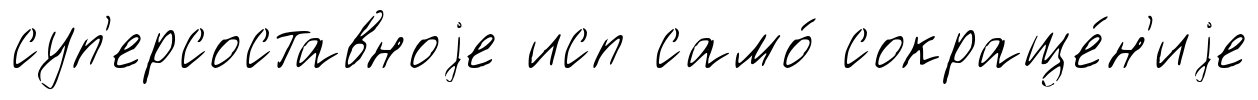
суп'ерсоставноjе исп само́ сокраще́н'иjе